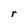
Character: r